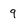
Character: 9